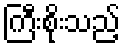
ကြီးစိုးသည့်